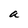
Character: a